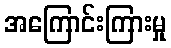
အကြောင်းကြားမှု